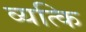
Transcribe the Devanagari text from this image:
व्यत्कि